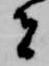
者